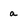
Character: a